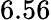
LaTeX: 6.56